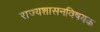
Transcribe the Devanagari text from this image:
राज्यशासनविषयक